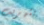
بتهريب